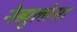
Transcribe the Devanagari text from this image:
नेब्युलोसा